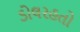
ડોલરહતો